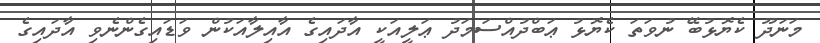
މަނަދޫ ކެޔޮޅުބޭ ނުވަތަ ކެޔޮޅު ޢަބްދުއްސަމަދު ޢަލީއަކީ އާދައިގެ އާއިލާއަކުން ވަޑައިގެންނެވި އާދައިގެ